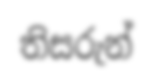
තිසරුන්